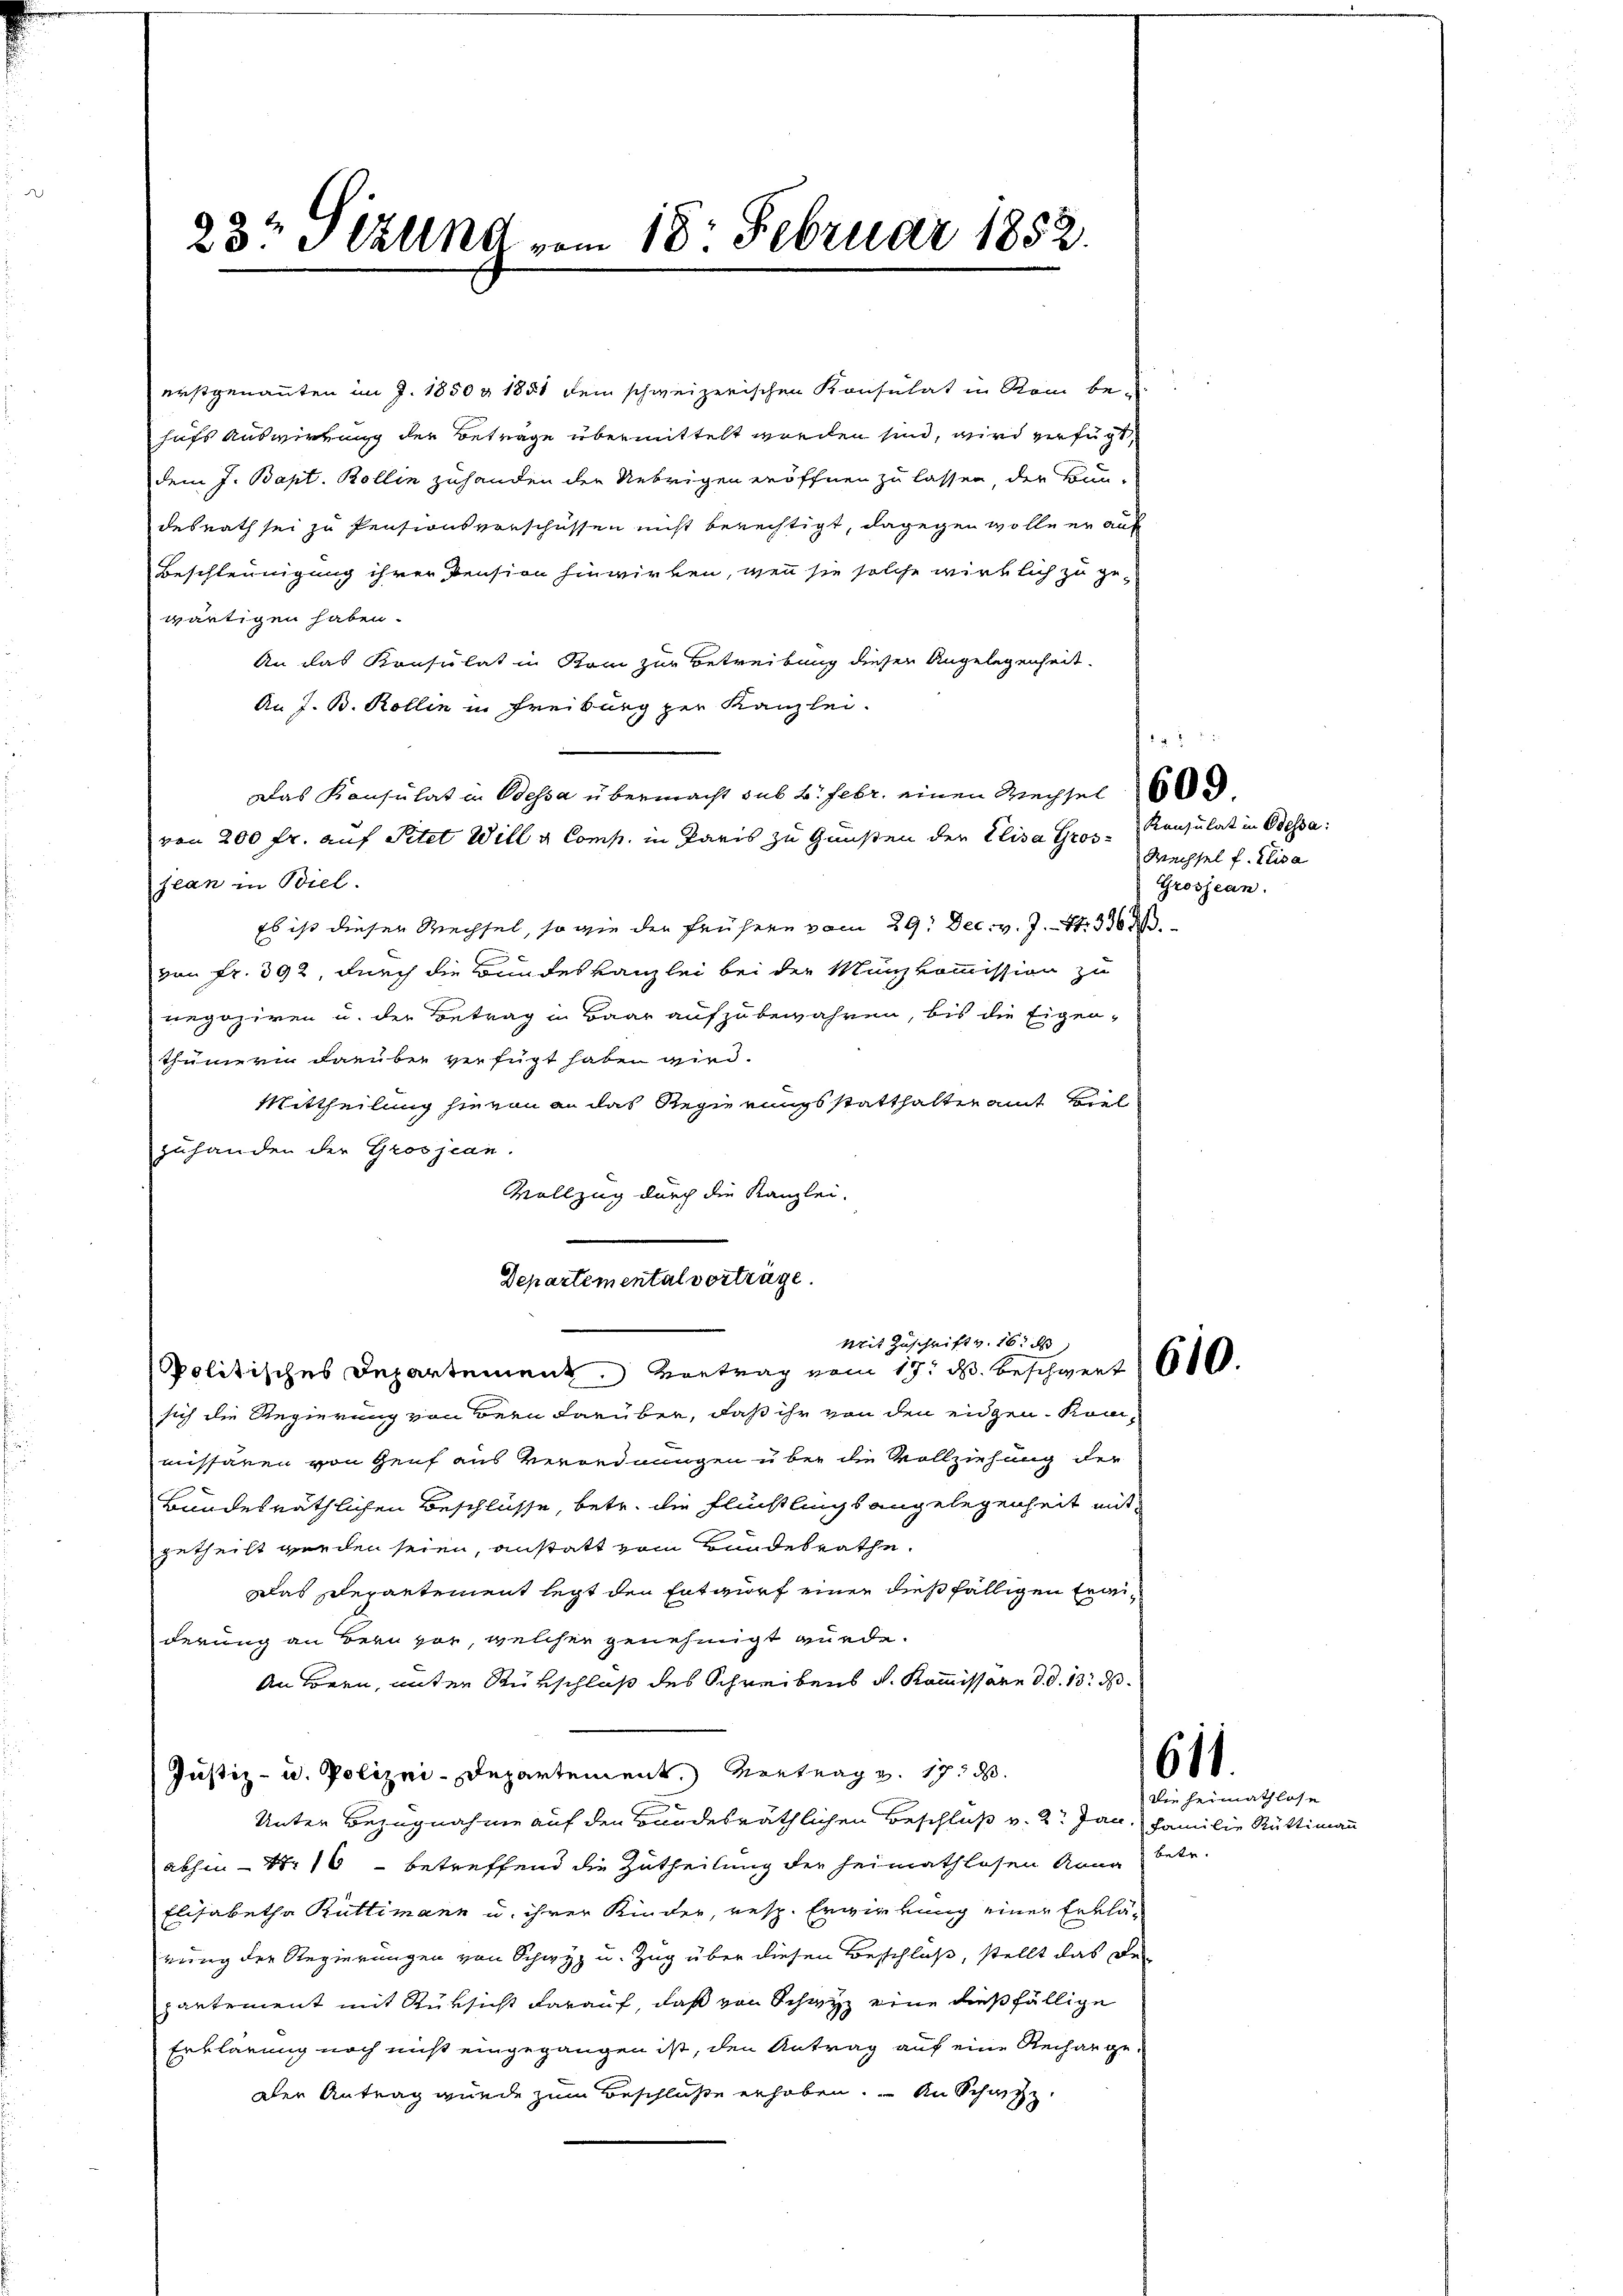
23t Aklind vom 18. Februar 1852.

erstgenannten im J. 1850 g 1851 dem schweizerischen Konsulat in Rom behufs Auswirkung der Betrage übermittelt worden sind, wird verfügt,
dem J. Bapt. Bollin zuhanden der Uebrigen eröffnen zu lassen, der Bun-
desrath sei zu Pensionsvorschüssen nicht berechtigt, dagegen wolle er auf
Beschleunigung ihrer Pension hinwirken, wenn sie solche wirklich zu ge-
wärtigen haben.
An das Konsulat in Rom zur Betreibung diesen Angelegenheit
An J. B. Kollin in Freiburg per Kanzlei.
Das Konsulat in Bessa übermacht sub 2. Febr. einen Wechsel
von 200 fr. auf Pitet Will u Comp. in Paris zu Gunsten der Elisa Gros - Konsulat in Odessa
jean in Biel.
Es ist dieser Wechsel, so wie der frühern vom 29. Dec. v. J. Nr. 330
von Fr. 392, durch die Bundeskanzlei bei der Münzkommission zu
negoziren u. der Betrag in Baar aufzubewahren, bis die Eigen-
thümerin darüber verfügt haben wird.
Mittheilung hievon an das Regierungsstatthalteramt viel
zuhanden der Grosjean.
Vollzug durch die Kanzlei-
Departemental vorträge.
Mit Zuschrift v. 16. d
Politisches Departement. Vortrag vom 17. d. Beschwert 600.
sich die Regierung von Bern darüber, daß ihr von den eidgen. Kon-
missären von Genf aus Verordnungen über die Vollziehung der
Bundesräthlichen Beschlüsse, betr. die Flüchtlings angelegenheit mitgetheilt werden seien, anstatt vom Bundesrathe.
was schepartement legt den Entwurf einer dießfälligen Erweiderung an Bern vor, welcher genehmigt wurde.
An Bogen, unter Rürschluß des Schreibens d. Kommissare d. d. 13. d.
Justiz- u. Polizei-Departement. Vortrag v. 17. d.
Unter Bezugnahme auf den Bandesräthlichen Beschluß v. 2. Jan. Familie Rüttimann
abhin 1716 betreffend die Zutheilung der Heimathlosen Rang betr.
Elisabetha Rüttimann u. ihrer Kinder, resp. Erwirkung einer Erklärung der Regierungen von Schwyz u. Zug über diesen Beschluß, stellt das De-
pantement mit Rüksicht darauf, daß von Schwyz eine dießfällige
Erklärung noch nicht eingegangen ist, den Antrag auf eine Recharge.
aber Antrag wurde zum Beschluße erhoben. An Schatz

2 x
Wechsel f. Elisa
Grosjean.

611.

Die Heimathlose